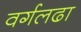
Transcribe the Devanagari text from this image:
वर्गलढा